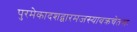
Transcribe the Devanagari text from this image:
पुरमेकादशद्वारमजस्यावक्रचेतसः